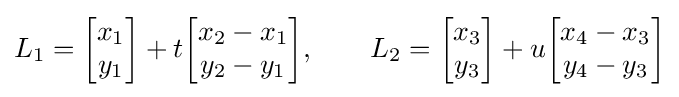
L_{1}={\begin{bmatrix}x_{1}\\y_{1}\end{bmatrix}}+t{\begin{bmatrix}x_{2}-x_{1}\\y_{2}-y_{1}\end{bmatrix}},\qquad L_{2}={\begin{bmatrix}x_{3}\\y_{3}\end{bmatrix}}+u{\begin{bmatrix}x_{4}-x_{3}\\y_{4}-y_{3}\end{bmatrix}}